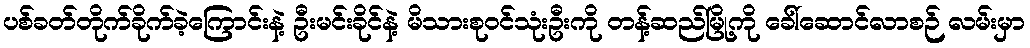
ပစ်ခတ်တိုက်ခိုက်ခဲ့ကြောင်းနဲ့ ဦးမင်းခိုင်နဲ့ မိသားစုဝင်သုံးဦးကို တန့်ဆည်မြို့ကို ခေါ်ဆောင်လာစဉ် လမ်းမှာ